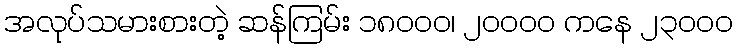
အလုပ်သမားစားတဲ့ ဆန်ကြမ်း ၁၈၀၀၀၊ ၂၀၀၀၀ ကနေ ၂၃၀၀၀